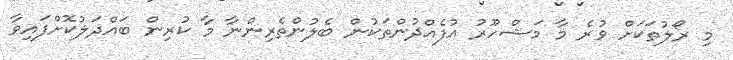
މި ރޯލުތަކަށް ވުރެ މާ މަޝްހޫރު އުފެއްދުންތަކުން ބެލުންތެރިންނާ މާ ކުރިން ބައްދަލުކޮށްފައިވާ